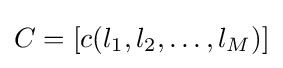
C=[c(l_{1},l_{2},\ldots ,l_{M})]